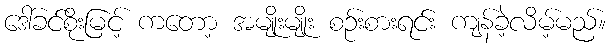
ဒေါ်ခင်စိုးမြင့် ကတော့ အမျိုးမျိုး စဉ်းစားရင်း ကျန်ခဲ့လိမ့်မည်။